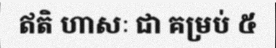
ឥតិ ហាសៈ ជា គម្រប់ ៥